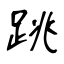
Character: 跳